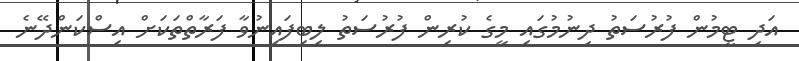
އަދި ޓީމުން ފުރުސަތު ދިނުމުގައި މީގެ ކުރިން ފުރުސަތު ލިބިފައިނުވާ ފަރާތްތަކަށް އިސްކަންދޭނެ